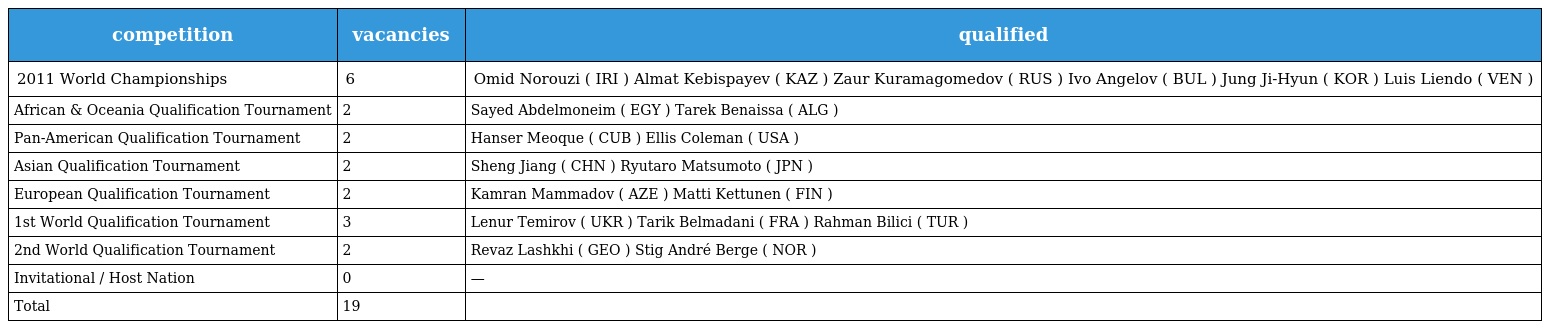
| competition | vacancies | qualified |
 | --- | --- | --- |
 | 2011 World Championships | 6 | Omid Norouzi ( IRI ) Almat Kebispayev ( KAZ ) Zaur Kuramagomedov ( RUS ) Ivo Angelov ( BUL ) Jung Ji-Hyun ( KOR ) Luis Liendo ( VEN ) |
 | African & Oceania Qualification Tournament | 2 | Sayed Abdelmoneim ( EGY ) Tarek Benaissa ( ALG ) |
 | Pan-American Qualification Tournament | 2 | Hanser Meoque ( CUB ) Ellis Coleman ( USA ) |
 | Asian Qualification Tournament | 2 | Sheng Jiang ( CHN ) Ryutaro Matsumoto ( JPN ) |
 | European Qualification Tournament | 2 | Kamran Mammadov ( AZE ) Matti Kettunen ( FIN ) |
 | 1st World Qualification Tournament | 3 | Lenur Temirov ( UKR ) Tarik Belmadani ( FRA ) Rahman Bilici ( TUR ) |
 | 2nd World Qualification Tournament | 2 | Revaz Lashkhi ( GEO ) Stig André Berge ( NOR ) |
 | Invitational / Host Nation | 0 | — |
 | Total | 19 |  |